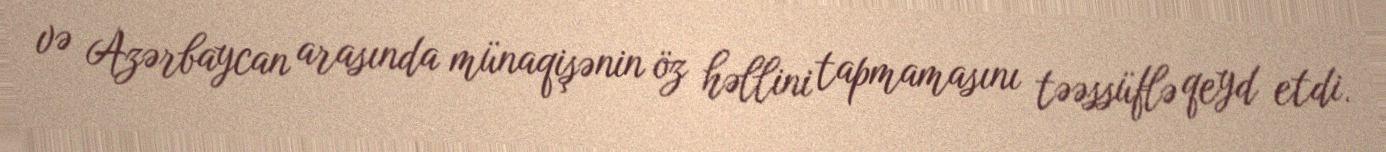
və Azərbaycan arasında münaqişənin öz həllini tapmamasını təəssüflə qeyd etdi.